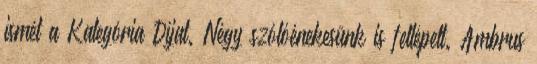
ismét a Kategória Díjat. Négy szólóénekesünk is fellépett. Ambrus